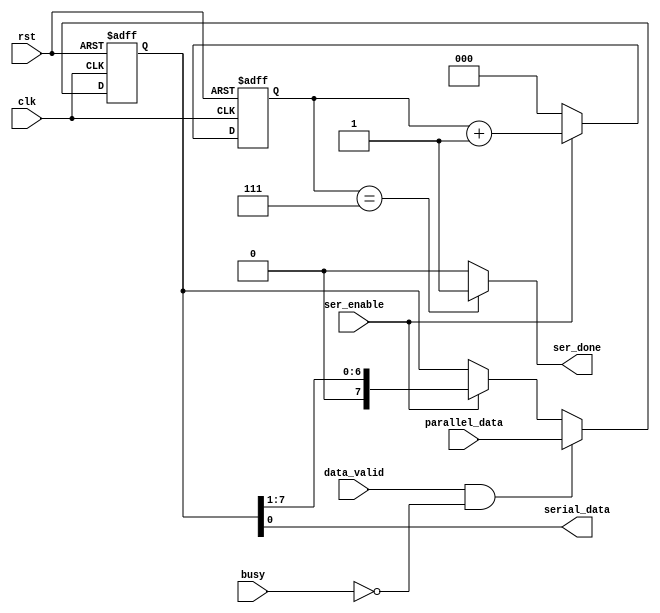
module serializer_tx# (parameter data_width= 8)(
  
  input wire [data_width-1:0] parallel_data,
  input wire ser_enable,data_valid,busy,
  input wire clk,rst,
  output wire ser_done,
  output wire serial_data
  );
reg [2:0] count;
reg [data_width-1:0] data;

//isolate input 
always @ (posedge clk or negedge rst)
 begin
  if(!rst)
   begin
    data <= 'b0 ;
   end
  else if(data_valid && (!busy))
   begin
    data <= parallel_data ;
   end	
  else if(ser_enable)
   begin
    data <= data >> 1 ;         // shift register
   end
 end
 

//counter
always @ (posedge clk or negedge rst)
 begin
  if(!rst)
   begin
    count <= 'b0 ;
   end
  else
   begin
    if (ser_enable)
	 begin
      count <= count + 3'b1 ;		 
	 end
	else 
	 begin
      count <= 3'b0 ;		 
	 end	
   end
 end 

assign ser_done = (count == 3'b111) ? 1'b1 : 1'b0 ;

assign serial_data = data[0] ;
		
	endmodule